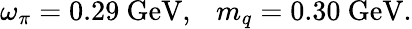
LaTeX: \omega_{\pi}=0.29~\mathrm{GeV},~~~m_{q}=0.30~\mathrm{GeV}.